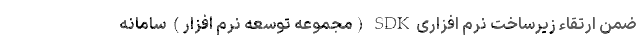
ضمن ارتقاء زیرساخت نرم افزاری SDK (مجموعه توسعه نرم افزار) سامانه